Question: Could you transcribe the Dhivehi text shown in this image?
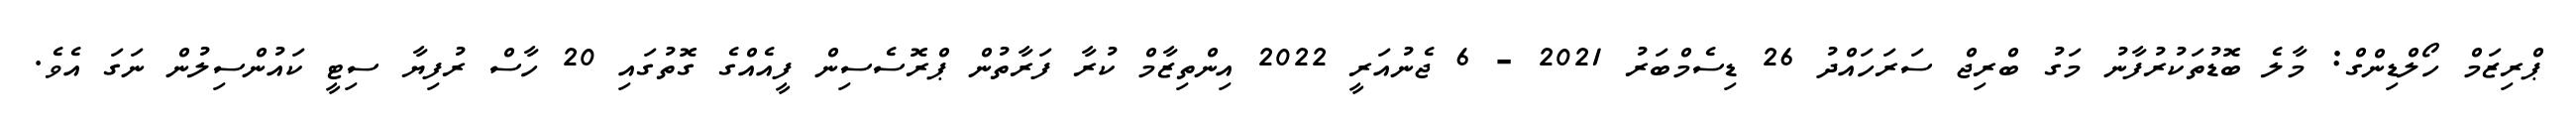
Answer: ޕްރިޒަމް ހޯލްޑިންގް: މާލެ ބޮޑުތަކުރުފާނު މަގު ބްރިޖް ސަރަހައްދު 26 ޑިސެމްބަރު 2021 - 6 ޖެނުއަރީ 2022 އިންތިޒާމް ކުރާ ފަރާތުން ޕްރޮސެސިން ފީއެއްގެ ގޮތުގައި 20 ހާސް ރުފިޔާ ސިޓީ ކައުންސިލުން ނަގަ އެވެ.